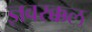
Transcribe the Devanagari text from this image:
ज्ञवरक्कल